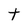
Character: t